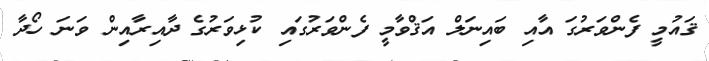
ޤައުމީ ފެންވަރުގަ އާއި ބައިނަލް އަޤްވާމީ ފެންވަރުގައި ކުޅިވަރުގެ ދާއިރާއިން ވަނަ ހޯދާ